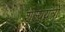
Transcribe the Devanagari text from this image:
शल्ययंत्रों